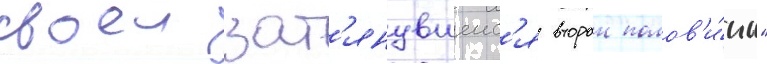
своеи зат'янувшеис'я второи полов'и́ны"